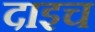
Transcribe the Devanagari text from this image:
दाइच